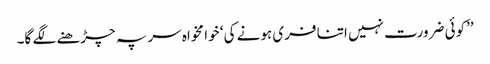
’’کوئی ضرورت نہیں اتنا فری ہونے کی ‘ خوا مخواہ سر پہ چڑھنے لگے گا۔